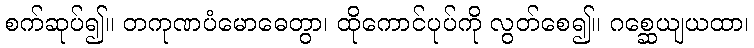
စက်ဆုပ်၍။ တကုဏပံမောဓေတွာ၊ ထိုကောင်ပုပ်ကို လွတ်စေ၍။ ဂစ္ဆေယျယထာ၊